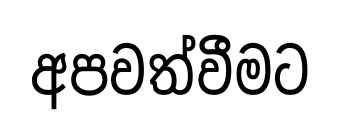
අපවත්වීමට